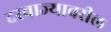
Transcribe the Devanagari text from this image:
दरवाज्यावरील